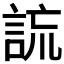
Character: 𧧢